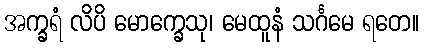
အက္ခရံ လိပိ မောက္ခေသု၊ မေထူနံ သင်္ဂမေ ရတေ။